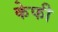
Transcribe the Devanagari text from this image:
केफी